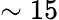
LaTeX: \sim 15